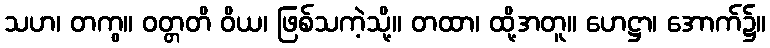
သဟ၊ တကွ။ ဝတ္တတိ ဝိယ၊ ဖြစ်သကဲ့သို့။ တထာ၊ ထို့အတူ။ ဟေဋ္ဌာ၊ အောက်၌။